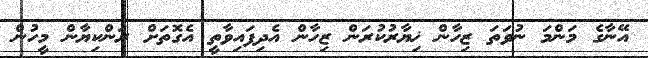
އޭނާގެ މަންމަ ނުވަތަ ޒިހާން ޚިޔާރުކުރަން ޒިހާން އެދިފައިވާތީ އެގޮތަށް ރަންކިޔާން މީހުން